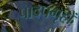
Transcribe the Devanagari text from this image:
पादपगृहों